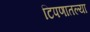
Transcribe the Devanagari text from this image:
टिपणातल्या